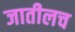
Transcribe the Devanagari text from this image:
जातीलच